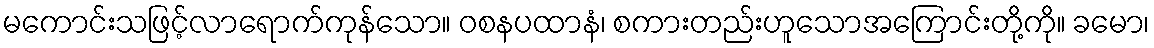
မကောင်းသဖြင့်လာရောက်ကုန်သော။ ဝစနပထာနံ၊ စကားတည်းဟူသောအကြောင်းတို့ကို။ ခမော၊